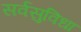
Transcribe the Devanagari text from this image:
सर्वसुविधा